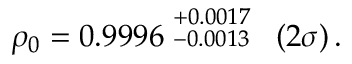
\rho _ { 0 } = 0 . 9 9 9 6 \stackrel { \scriptstyle + 0 . 0 0 1 7 } { \scriptstyle - 0 . 0 0 1 3 } \; \; ( 2 \sigma ) \, .